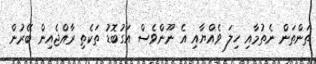
ތަންތަން ނެތުމާއި ހިލަ ވެއްޔާއި އެ ނޫންވެސް އަގުބޮޑު ތަކެތި ރާއްޖެއިން ބޭރުން